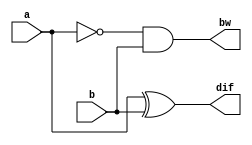
`timescale 1ns / 1ps
module half_sub(input a,b, output dif,bw);
assign dif=a^b;
assign bw=(!a) & b;
endmodule


module full_sub(
    input a,b,c,
    output dif,bw);
    
    
    wire w1,w2,w3;
    half_sub sb0(a,b,w1,w2);
    half_sub sb1(w1,c,dif,w3);
    or or_1(bw,w2,w3);
endmodule